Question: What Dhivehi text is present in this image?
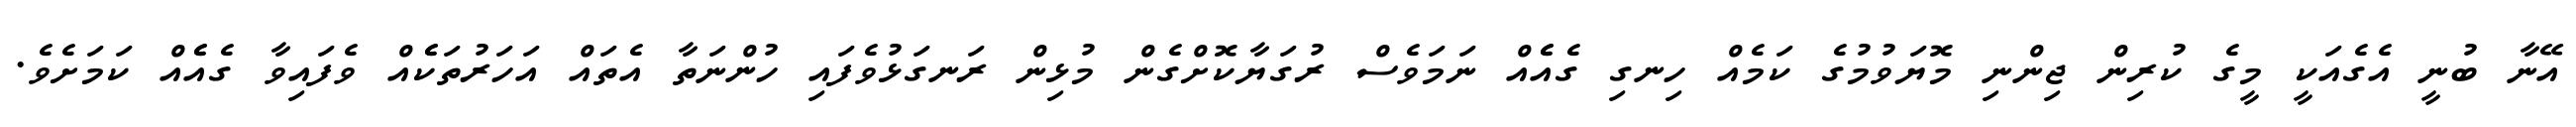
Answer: އޭނާ ބުނީ އެގެއަކީ މީގެ ކުރިން ޖިންނި މޮޔަވުމުގެ ކަމެއް ހިނގި ގެއެެއް ނަމަވެސް ރުގަޔާކޮށްގެން މުޅިން ރަނގަޅުވެފައި ހުންނަތާ އެތައް އަހަރުތަކެެއް ވެފައިވާ ގެއެެއް ކަމަށެވެ.